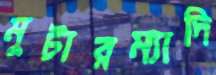
মুটারম্যাদি